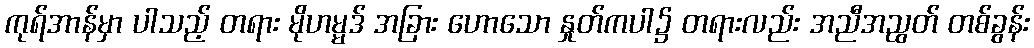
ကုရ်အာန်မှာ ပါသည့် တရား မိုဟမ္မဒ် အခြား ဟောသော နှုတ်ကပါ၌ တရားလည်း အညီအညွတ် တစ်ခွန်း